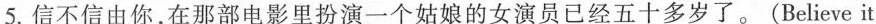
5.信不信由你，在那部电影里扮演一个姑娘的女演员已经五十多岁了。(Believe it